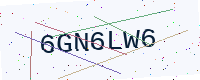
Text: 6GN6LW6